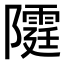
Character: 𨽕